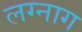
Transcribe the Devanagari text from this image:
लग्नाग